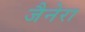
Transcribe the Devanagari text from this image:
जैनेरा